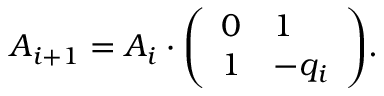
A _ { i + 1 } = A _ { i } \cdot { \left( \begin{array} { l l } { 0 } & { 1 } \\ { 1 } & { - q _ { i } } \end{array} \right) } .